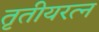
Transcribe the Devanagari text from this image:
तृतीयरत्‍न